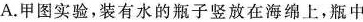
A.甲图实验，装有水的瓶子竖放在海绵上，瓶中